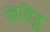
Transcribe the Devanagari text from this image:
कविट्ठ